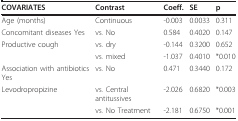
| COVARIATES | Contrast | Coeff. | SE | p |
 | --- | --- | --- | --- | --- |
 | Age (months) | Continuous | -0.003 | 0.0033 | 0.311 |
 | Concomitant diseases Yes | vs. No | 0.584 | 0.4020 | 0.147 |
 | Productive cough | vs. dry | -0.144 | 0.3200 | 0.652 |
 |  | vs. mixed | -1.037 | 0.4010 | *0.010 |
 | Association with antibiotics Yes | vs. No | 0.471 | 0.3440 | 0.172 |
 | Levodropropizine | vs. Central antitussives | -2.026 | 0.6820 | *0.003 |
 |  | vs. No Treatment | -2.181 | 0.6750 | *0.001 |